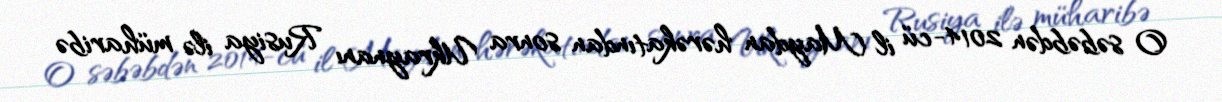
O səbəbdən 2014-cü il Maydan hərəkatından sonra Ukraynanı Rusiya ilə müharibə